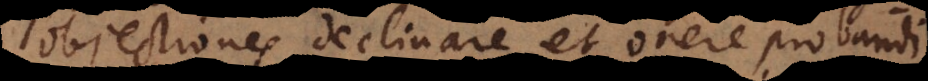
objectiones declinare et onere probandi